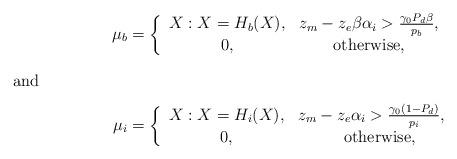
LaTeX: \begin{align*}\mu_b&=\left\{\begin{array}{ccc}X:X=H_b(X),&z_{m}-z_{e}\beta\alpha_{i}>\frac{\gamma_{0}P_{d}\beta}{p_{b}},\\0,&\hbox{otherwise,}\end{array}\right.\\\intertext{and}\mu_i&=\left\{\begin{array}{ccc}X:X=H_i(X),&z_{m}-z_{e}\alpha_{i}>\frac{\gamma_0(1-P_{d})}{p_{i}},\\ 0,&\quad\hbox{otherwise,}\end{array}\right.\end{align*}